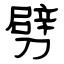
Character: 劈